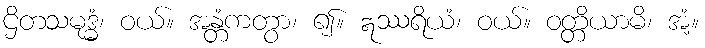
ဌိတသမုဒ္ဓံ၊ ဝယ်။ အန္တံကတွာ၊ ၍။ ဣဿရိယံ၊ ဝယ်။ ဝတ္တိယာမိ၊ အံ့။